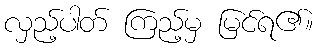
လှည့်ပါတ် ကြည့်မှ မြင်ရ၏။